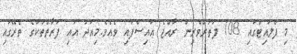
މި ފްލައިޓްގައި 108 ފަތުރުވެރިން ރާއްޖެ އައިސްފައި ވެއެވެ.މިއަދު އައި ފަރާތްތަކުގެ ތެރޭގައި